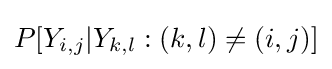
P[Y_{i,j}|Y_{k,l}:(k,l)\neq (i,j)]